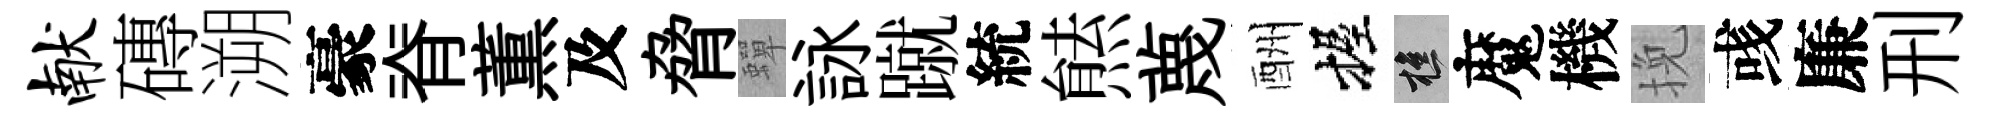
献磚溯豪脊薫及脅蟬詠蹴統㷱蔑酬握樵魔機挽彧廉刑